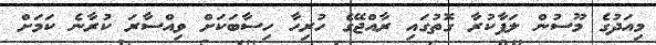
މިއަދުގެ މޫސުން ލަފާކުރާ ގޮތުގައި ރާއްޖޭގެ ހުރިހާ ހިސާބަކަށް ވިއްސާރަ ކުރާނެ ކަމަށް